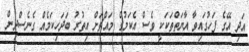
އަދި އޭގެ ފަހުގައިވާ އާޔަތްތަކަކީ ވެސް އެކަމުގެ މައްޗަށް އިތުރު ބަދަހިކަމެއް ގެނެސްދިން